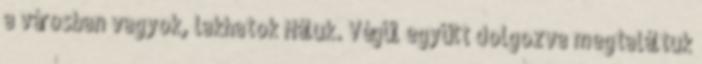
a városban vagyok, lakhatok Náluk. Végül együtt dolgozva megtaláltuk